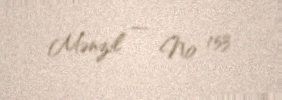
Mənzil — № 153